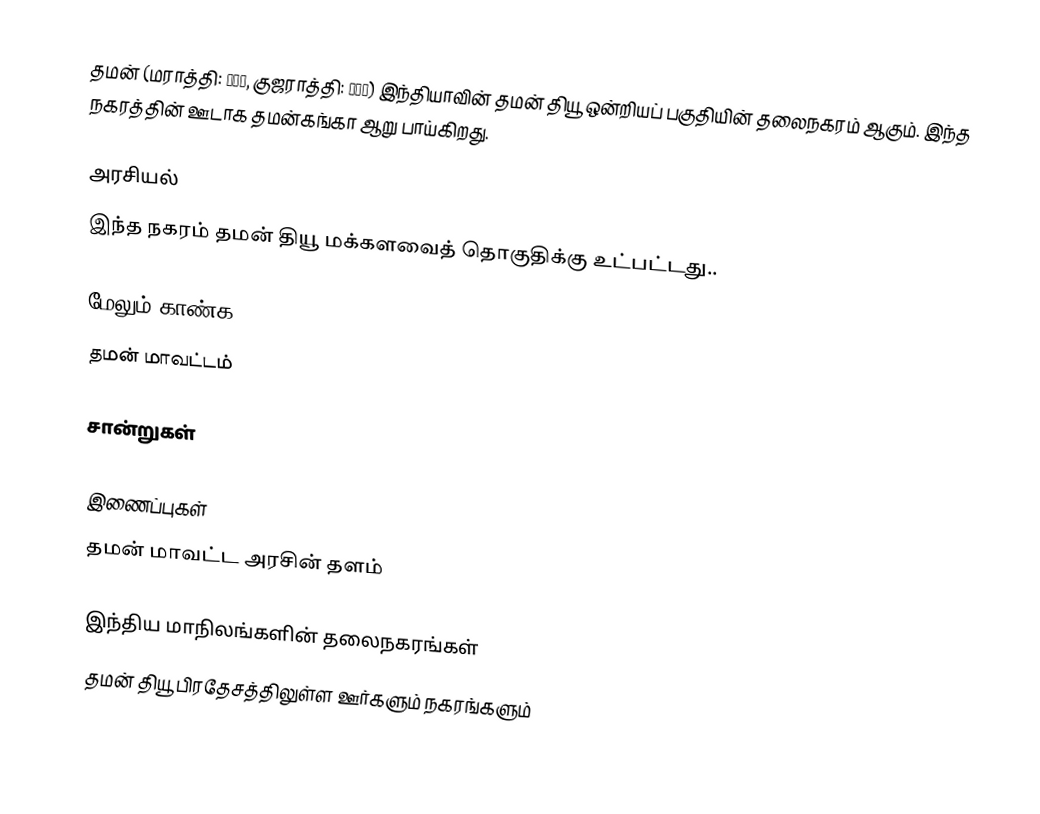
தமன் (மராத்தி: दमण, குஜராத்தி: દમણ) இந்தியாவின் தமன் தியூ ஒன்றியப் பகுதியின் தலைநகரம் ஆகும். இந்த நகரத்தின் ஊடாக தமன்கங்கா ஆறு பாய்கிறது.

அரசியல்
இந்த நகரம் தமன் தியூ மக்களவைத் தொகுதிக்கு உட்பட்டது..

மேலும் காண்க
 தமன் மாவட்டம்

சான்றுகள்

இணைப்புகள்
 தமன் மாவட்ட அரசின் தளம்

இந்திய மாநிலங்களின் தலைநகரங்கள்
தமன் தியூ பிரதேசத்திலுள்ள ஊர்களும் நகரங்களும்